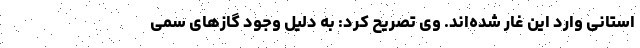
استانی وارد این غار شده‌اند. وی تصریح کرد: به دلیل وجود گاز‌های سمی